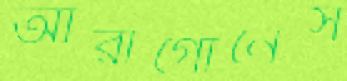
আরাগোনেস